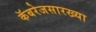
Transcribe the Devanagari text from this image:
कॅबरेजसारख्या